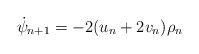
LaTeX: \begin{align*}\dot{\psi}_{n+1}=-2(u_{n}+2v_{n})\rho_{n}\end{align*}